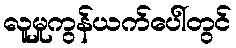
လူမှုကွန်ယက်ပေါ်တွင်